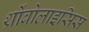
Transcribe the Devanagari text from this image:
थ्रोंबोलाइसिस